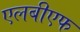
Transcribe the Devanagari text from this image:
एलबीएफ